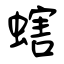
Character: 螛